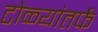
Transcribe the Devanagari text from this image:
टोळ्यांतर्फे